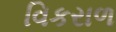
વિકરાળ